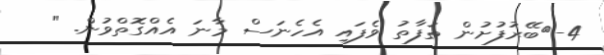
4-	ބޭރުފުށުން ތަފާތު ވެފައި އެހެނަސް މާނަ އެއްގޮތްވުން. "